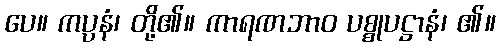
ပေ။ ကပ္ပနံ၊ တို့၏။ ကာရဏဘာဝ ပစ္စုပဋ္ဌာနံ၊ ၏။